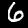
Label: 6